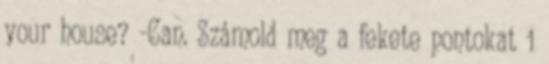
your house? -Can. Számold meg a fekete pontokat 1